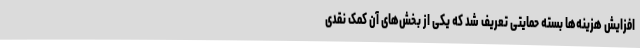
افزایش هزینه‌ها بسته حمایتی تعریف شد که یکی از بخش‌های آن کمک نقدی